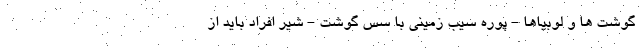
گوشت ها و لوبیاها - پوره سیب زمینی با سس گوشت - شیر افراد باید از